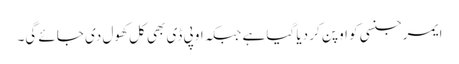
ایمرجنسی کو اوپن کر دیا گیا ہے جبکہ او پی ڈی بھی کل کھول دی جائے گی۔